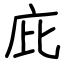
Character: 庇